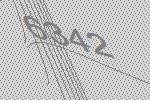
6342